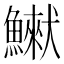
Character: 𩻿